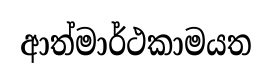
ආත්මාර්ථකාමයත